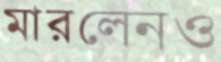
মারলেনও